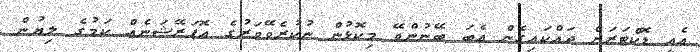
އެއީ ޑޮކްޓަރަށް ދައްކައިގެން އެބަ ބޭނުންވޭ މިކޮޅުން ނުކުރެވޭވަރުގެ އޮޕަރޭޝަނެއް ކަމުގެ ލިޔުން